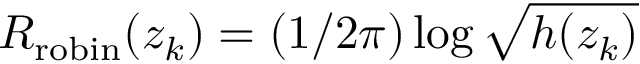
R _ { \mathrm { r o b i n } } ( z _ { k } ) = ( 1 / 2 \pi ) \log \sqrt { h ( z _ { k } ) }